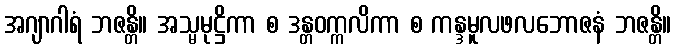
အဂျာဂါရံ ဘဇန္တိ။ အသ္မမုဋ္ဌိကာ စ ဒန္တဝက္ကလိကာ စ ကန္ဒမူလဖလဘောဇနံ ဘဇန္တိ။